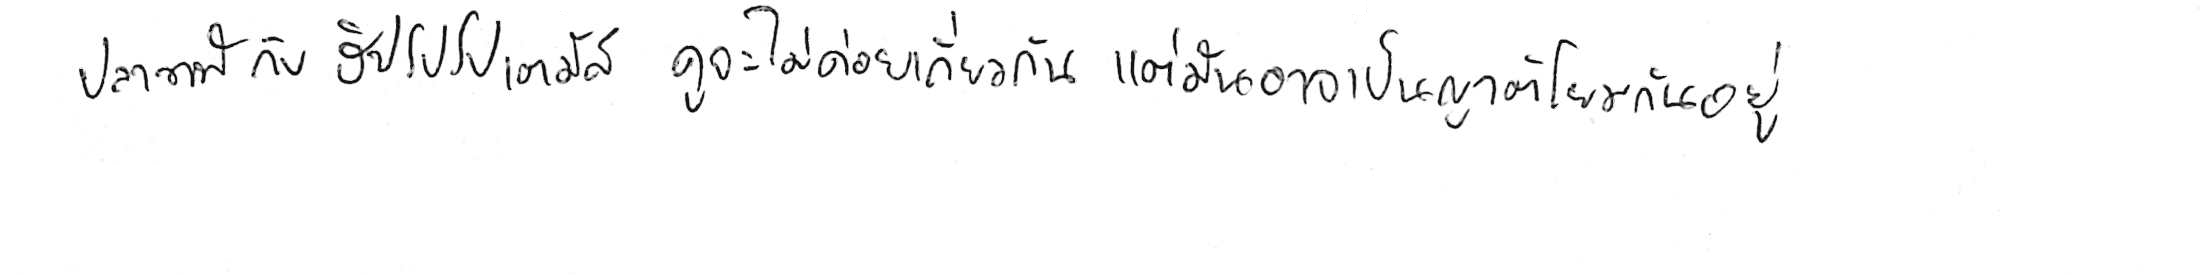
ปลาวาฬ กับ ฮิปโปโปเตมัส ดูจะไม่ค่อยเกี่ยวกัน แต่มันอาจเป็นญาติโยมกันอยู่